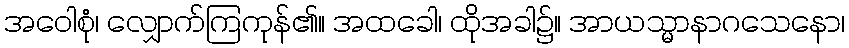
အဝေါစုံ၊ လျှောက်ကြကုန်၏။ အထခေါ၊ ထိုအခါ၌။ အာယသ္မာနာဂသေနော၊